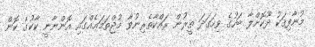
މުނާފިޤަކު ދޫކޮށްލާ ބަހުގެ ވިހަގަދަ ތީރުން ރައްކާތެރިނުވާ މުޖްތަމަޢެއްގައި އޮންނާނީ ކާކުގެ ކޮން